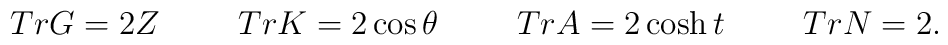
TrG = 2Z \hspace*{1cm} TrK = 2\cos{\theta} \hspace*{1cm} TrA =2\cosh{t} \hspace*{1cm} TrN = 2 .